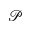
\mathcal P